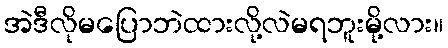
အဲဒီလိုမပြောဘဲထားလို့လဲမရဘူးမို့လား။